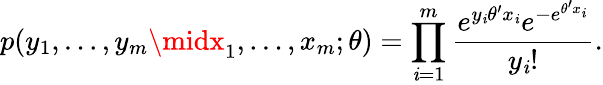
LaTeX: p(y_{1},\ldots,y_{m}\midx_{1},\ldots,x_{m};\theta)=\prod_{\mathit{i}=1}^{m}{\frac{{e^{y_{\mathit{i}}\theta^{\prime}x_{\mathit{i}}}e^{-e^{\theta^{\prime}x_{\mathit{i}}}}}}{{y_{\mathit{i}}!}}}.